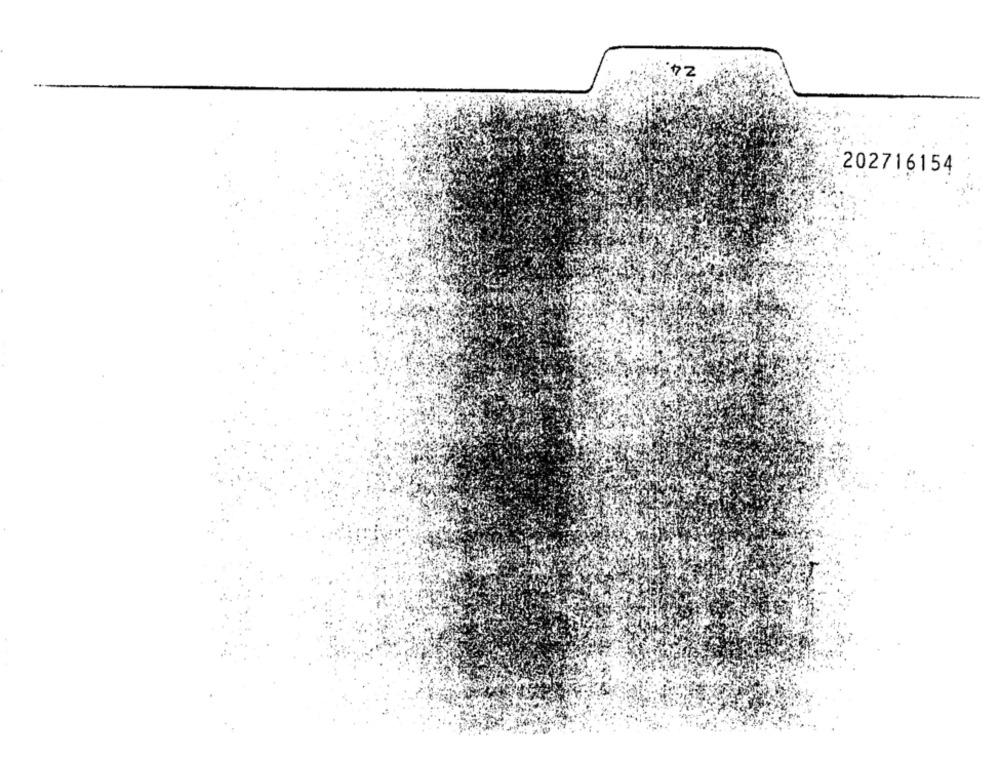
..
202716154